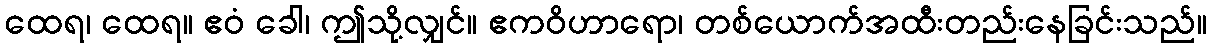
ထေရ၊ ထေရ။ ဧဝံ ခေါ၊ ဤသို့လျှင်။ ဧကဝိဟာရော၊ တစ်ယောက်အထီးတည်းနေခြင်းသည်။